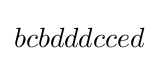
bcbdddcced